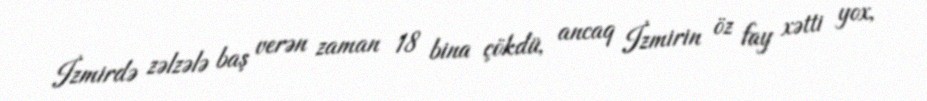
İzmirdə zəlzələ baş verən zaman 18 bina çökdü, ancaq İzmirin öz fay xətti yox,